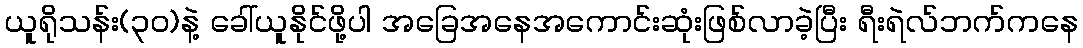
ယူရိုသန်း(၃၀)နဲ့ ခေါ်ယူနိုင်ဖို့ပါ အခြေအနေအကောင်းဆုံးဖြစ်လာခဲ့ပြီး ရီးရဲလ်ဘက်ကနေ